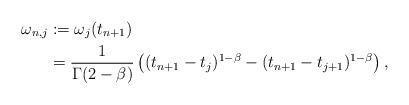
LaTeX: \begin{align*} \omega_{n,j} &:= \omega_j(t_{n+1})\\&= \frac1{\Gamma(2-\beta)} \left((t_{n+1}-t_j)^{1-\beta}-(t_{n+1}-t_{j+1})^{1-\beta}\right), \end{align*}